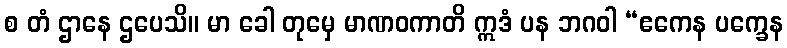
စ တံ ဌာနေ ဌပေသိ။ မာ ခေါ တုမှေ မာဏဝကာတိ ဣဒံ ပန ဘဂဝါ “ဧကေန ပက္ခေန